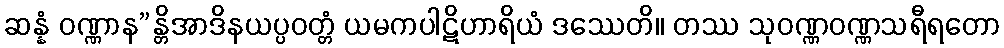
ဆန္နံ ဝဏ္ဏာန”န္တိအာဒိနယပ္ပဝတ္တံ ယမကပါဋိဟာရိယံ ဒဿေတိ။ တဿ သုဝဏ္ဏဝဏ္ဏသရီရတော